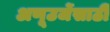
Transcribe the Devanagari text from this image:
अणूउर्जेसाठी